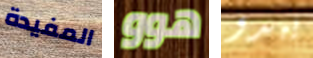
المفيدة هوو يبدو